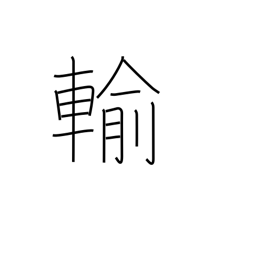
Meaning: be inferior